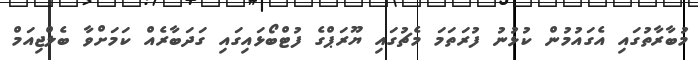
މުބާރާތުގައި އެގައުމުން ކުޅުނު ފުރަތަމަ މެޗުގައި ޔޫރަޕްގެ ފުޓްބޯޅައިގައި ގަދަބާރެއް ކަމަށްވާ ބެލްޖިއަމް